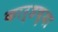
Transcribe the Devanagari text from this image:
कार्डच्या